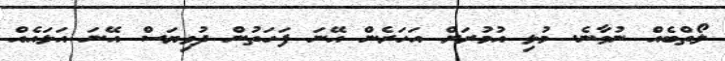
ލޯތްބެއް ނުވާނެ. މުޅި އުމުރަށް އަހަރެން އޭނަ ފަހަތުން ދުވިޔަސް އޭނަ އަޅައެއް